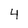
Character: 4